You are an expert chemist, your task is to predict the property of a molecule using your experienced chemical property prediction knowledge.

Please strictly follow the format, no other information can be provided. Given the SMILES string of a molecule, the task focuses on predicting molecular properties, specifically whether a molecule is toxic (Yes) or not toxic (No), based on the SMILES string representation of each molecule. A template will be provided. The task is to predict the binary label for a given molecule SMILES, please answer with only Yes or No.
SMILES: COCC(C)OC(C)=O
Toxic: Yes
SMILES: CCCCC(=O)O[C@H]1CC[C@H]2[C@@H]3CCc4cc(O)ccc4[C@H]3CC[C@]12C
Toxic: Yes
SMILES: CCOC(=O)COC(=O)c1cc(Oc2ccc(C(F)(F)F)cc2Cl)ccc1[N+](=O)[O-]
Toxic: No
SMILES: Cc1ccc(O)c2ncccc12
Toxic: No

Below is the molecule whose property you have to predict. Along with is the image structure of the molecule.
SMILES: CC(C)=CCO
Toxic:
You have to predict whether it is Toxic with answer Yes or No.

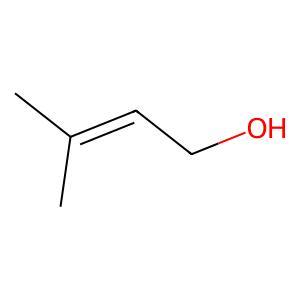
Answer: No